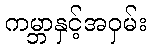
ကမ္ဘာနှင့်အဝှမ်း